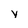
Character: y